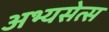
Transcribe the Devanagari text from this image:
अभ्यसेत्स